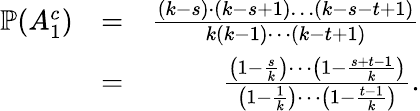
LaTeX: \begin{array}{rlr}{\mathbb{P}(A_{1}^{c})}&{=}&{\frac{(k-s)\cdot(k-s+1)\ldots(k-s-t+1)}{k(k-1)\cdots(k-t+1)}}\\ &{=}&{\frac{\left(1-\frac{s}{k}\right)\cdots\left(1-\frac{s+t-1}{k}\right)}{\left(1-\frac{1}{k}\right)\cdots\left(1-\frac{t-1}{k}\right)}.}\end{array}